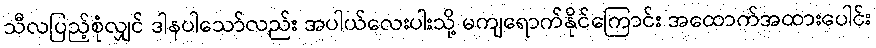
သီလပြည့်စုံလျှင် ဒါနပါသော်လည်း အပါယ်လေးပါးသို့ မကျရောက်နိုင်ကြောင်း အထောက်အထားပေါင်း